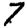
Digit: 7